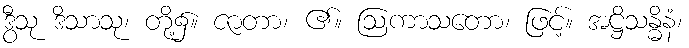
ဒွီသု ဒိသာသု၊ တို့၌။ ဇာတာ၊ ၏။ ဩကာသတော၊ ဖြင့်။ အဋ္ဌိသန္ဓိနံ၊